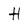
Character: H